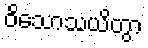
ဝိသောသယိတွာ